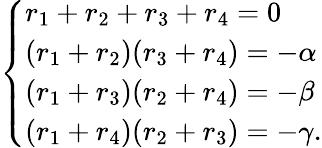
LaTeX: \left\{ {\begin{array}{l}{r_{1}+r_{2}+r_{3}+r_{4}=0}\\ {(r_{1}+r_{2})(r_{3}+r_{4})=-\alpha}\\ {(r_{1}+r_{3})(r_{2}+r_{4})=-\beta}\\ {(r_{1}+r_{4})(r_{2}+r_{3})=-\gamma{\mathrm{.}}}\end{array}}\right.